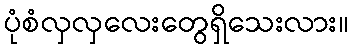
ပုံစံလှလှလေးတွေရှိသေးလား။